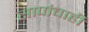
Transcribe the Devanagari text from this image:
सापांचाही